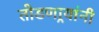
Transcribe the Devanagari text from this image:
तोडणार्‍यांनी